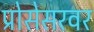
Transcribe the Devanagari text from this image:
प्रोसेसरवर